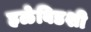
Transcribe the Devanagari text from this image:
हळेबिडशी